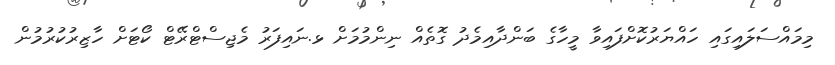
މިމައްސަލައިގައި ހައްޔަރުކޮށްފައިވާ މީހާގެ ބަންދާއިމެދު ގޮތެއް ނިންމުމަށް ޅ.ނައިފަރު މެޖިސްޓްރޭޓް ކޯޓަށް ހާޒިރުކުރުމުން